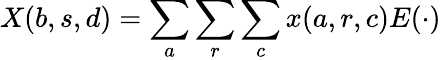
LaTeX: X(b,s,d)=\sum_{a}\sum_{r}\sum_{c}x(a,r,c)E(\cdot)